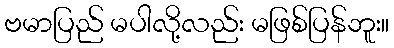
ဗမာပြည် မပါလို့လည်း မဖြစ်ပြန်ဘူး။